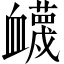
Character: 衊